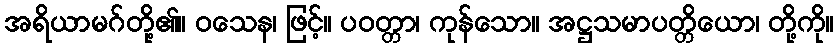
အရိယာမဂ်တို့၏။ ဝသေန၊ ဖြင့်။ ပဝတ္တာ၊ ကုန်သော။ အဋ္ဌသမာပတ္တိယော၊ တို့ကို။